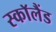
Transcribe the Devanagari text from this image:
स्काॅलैंड